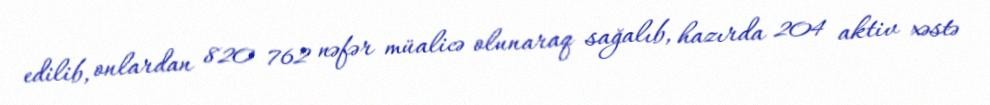
edilib, onlardan 820 762 nəfər müalicə olunaraq sağalıb, hazırda 204 aktiv xəstə